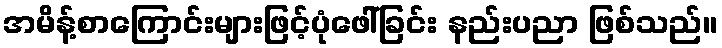
အမိန့်စာကြောင်းများဖြင့်ပုံဖေါ်ခြင်း နည်းပညာ ဖြစ်သည်။